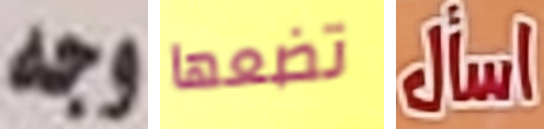
وجه تضعها اسأل